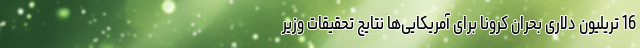
16 تریلیون دلاری بحران کرونا برای آمریکایی‌ها نتایج تحقیقات وزیر